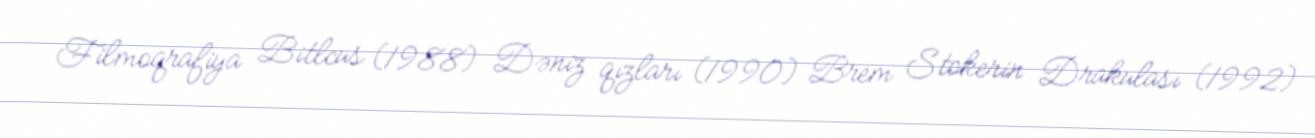
Filmoqrafiya Bitlcus (1988) Dəniz qızları (1990) Brem Stokerin Drakulası (1992)